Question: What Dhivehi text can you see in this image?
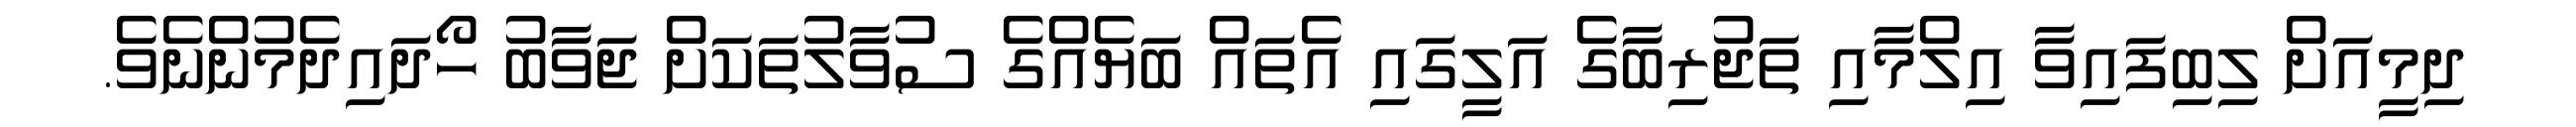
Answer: ދިމީއަށް ލިބިފައިވާ އިލްމާއި ތަޖުރިބާގެ އަލީގައި އެތައް ބަޔެއްގެ ސުވާލުތަކަށް ޖަވާބު ހޯދައިދެމުންނެވެ.